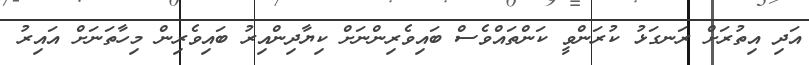
އަދި އިތުރަށް ރަނގަޅު ކުރަންވީ ކަންތައްވެސް ބައިވެރިންނަށް ކިޔާދިންއިރު ބައިވެރިން މިހާތަނަށް އައިރު